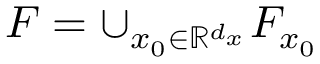
F = \cup _ { x _ { 0 } \in \mathbb { R } ^ { d _ { x } } } F _ { x _ { 0 } }